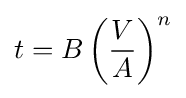
t=B\left({\frac {V}{A}}\right)^{n}